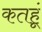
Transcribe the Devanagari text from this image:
कतहूं